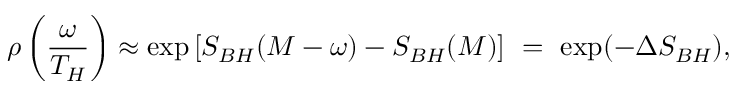
\rho \left( \frac { \omega } { T _ { H } } \right) \approx \exp \left[ S _ { B H } ( M - \omega ) - S _ { B H } ( M ) \right] ~ = ~ \exp ( - \Delta S _ { B H } ) ,